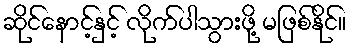
ဆိုင်နောင့်နှင့် လိုက်ပါသွားဖို့ မဖြစ်နိုင်။